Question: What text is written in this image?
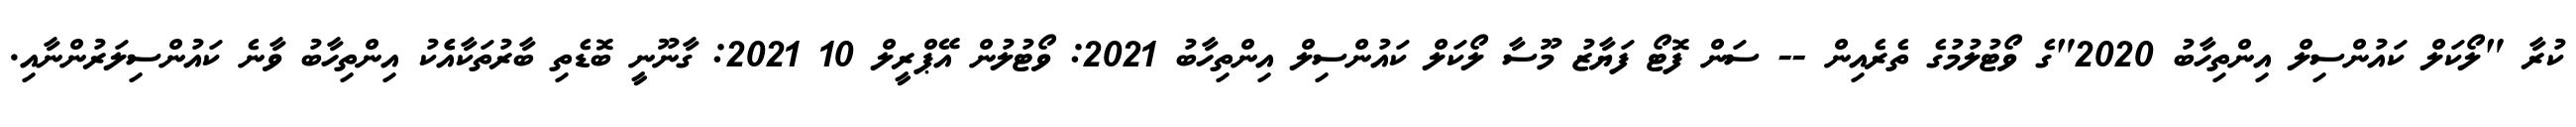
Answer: ކުރާ "ލޯކަލް ކައުންސިލް އިންތިހާބު 2020"ގެ ވޯޓުލުމުގެ ތެރެއިން -- ސަން ފޮޓޯ ފަޔާޒު މޫސާ ލޯކަލް ކައުންސިލް އިންތިހާބު 2021: ވޯޓުލުން އޭޕްރީލް 10 2021: ގާނޫނީ ބޮޑެތި ބާރުތަކާއެެކު އިންތިހާބު ވާނެ ކައުންސިލަރުންނާއި.